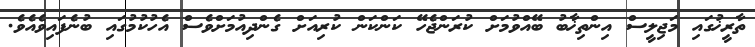
ތާރީޚުގައި މަޖިލީސް އިންތިޚާބު ބޭއްވުމަށް ކުރަންޖެހޭ ކަންކަން ކުރިއަށް ގެންދިއުމަށްވެސް އެހުކުމުގައި ބުނެފައިވެއެވެ.